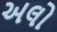
અલો